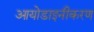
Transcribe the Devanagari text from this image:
आयोडाइनीकरण